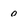
Character: O